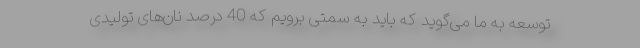
توسعه به ما می‌گوید که باید به سمتی برویم که 40 درصد نان‌های تولیدی